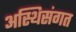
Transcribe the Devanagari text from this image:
अस्थिसंगत